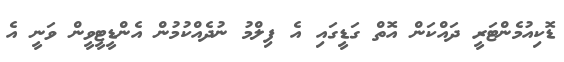
ޑޮކިއުމެންޓަރީ ދައްކަން އޮތް ގަޑީގައި އެ ފިލްމު ނުދެއްކުމުން އެންޑީޓީވީން ވަނީ އެ